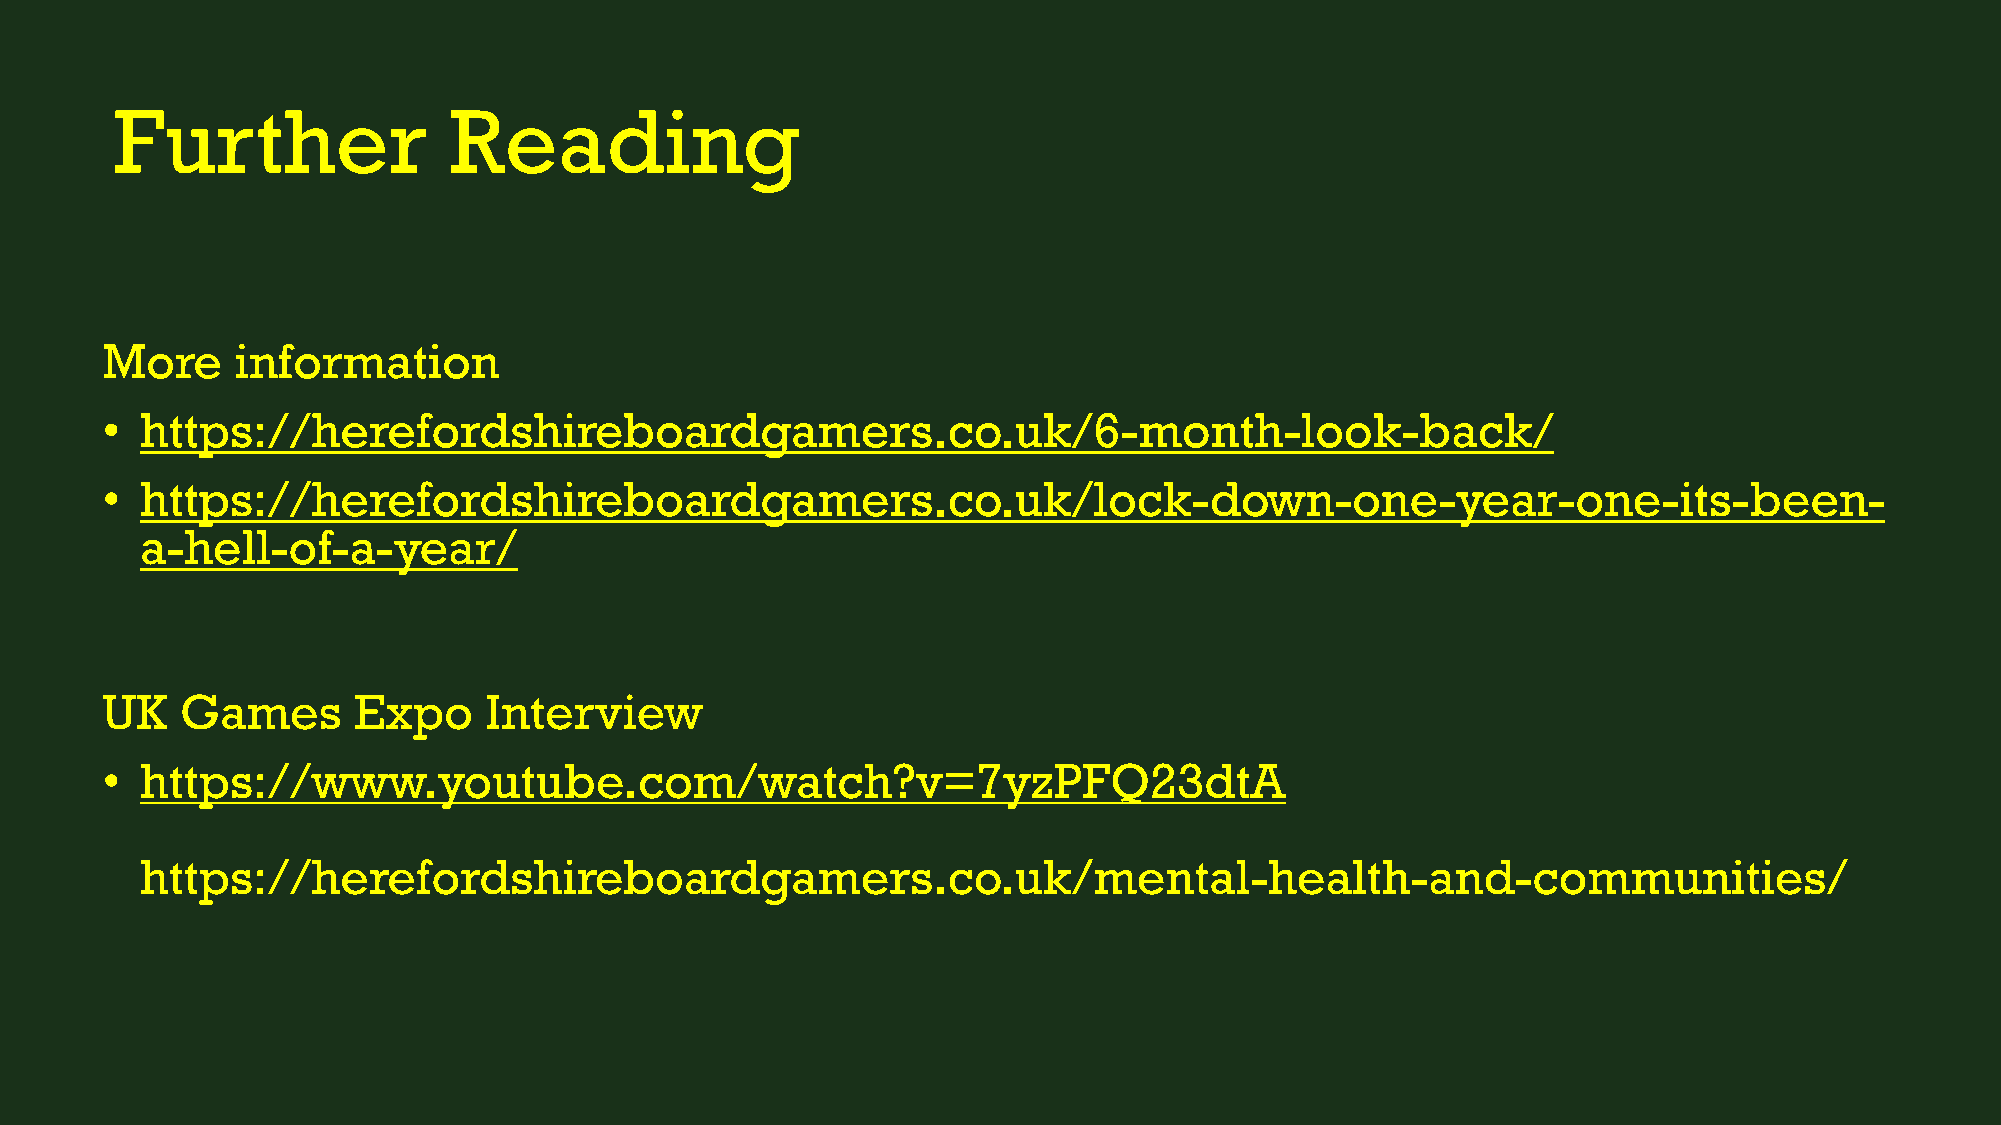
Further               Reading
 More     information
 • https://herefordshireboardgamers.co.uk/6-month-look-back/
 • https://herefordshireboardgamers.co.uk/lock-down-one-year-one-its-been-
 a-hell-of-a-year/
 UK   Games      Expo     Interview
 • https://www.youtube.com/watch?v=7yzPFQ23dtA
 https://herefordshireboardgamers.co.uk/mental-health-and-communities/